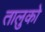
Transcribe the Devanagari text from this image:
तालुको